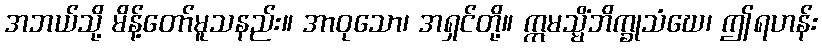
အဘယ်သို့ မိန့်တော်မူသနည်း။ အာဝုသော၊ အရှင်တို့။ ဣမသ္မိံဘိက္ခုသံဃေ၊ ဤရဟန်း